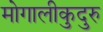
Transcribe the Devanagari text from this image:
मोगालीकुदुरु